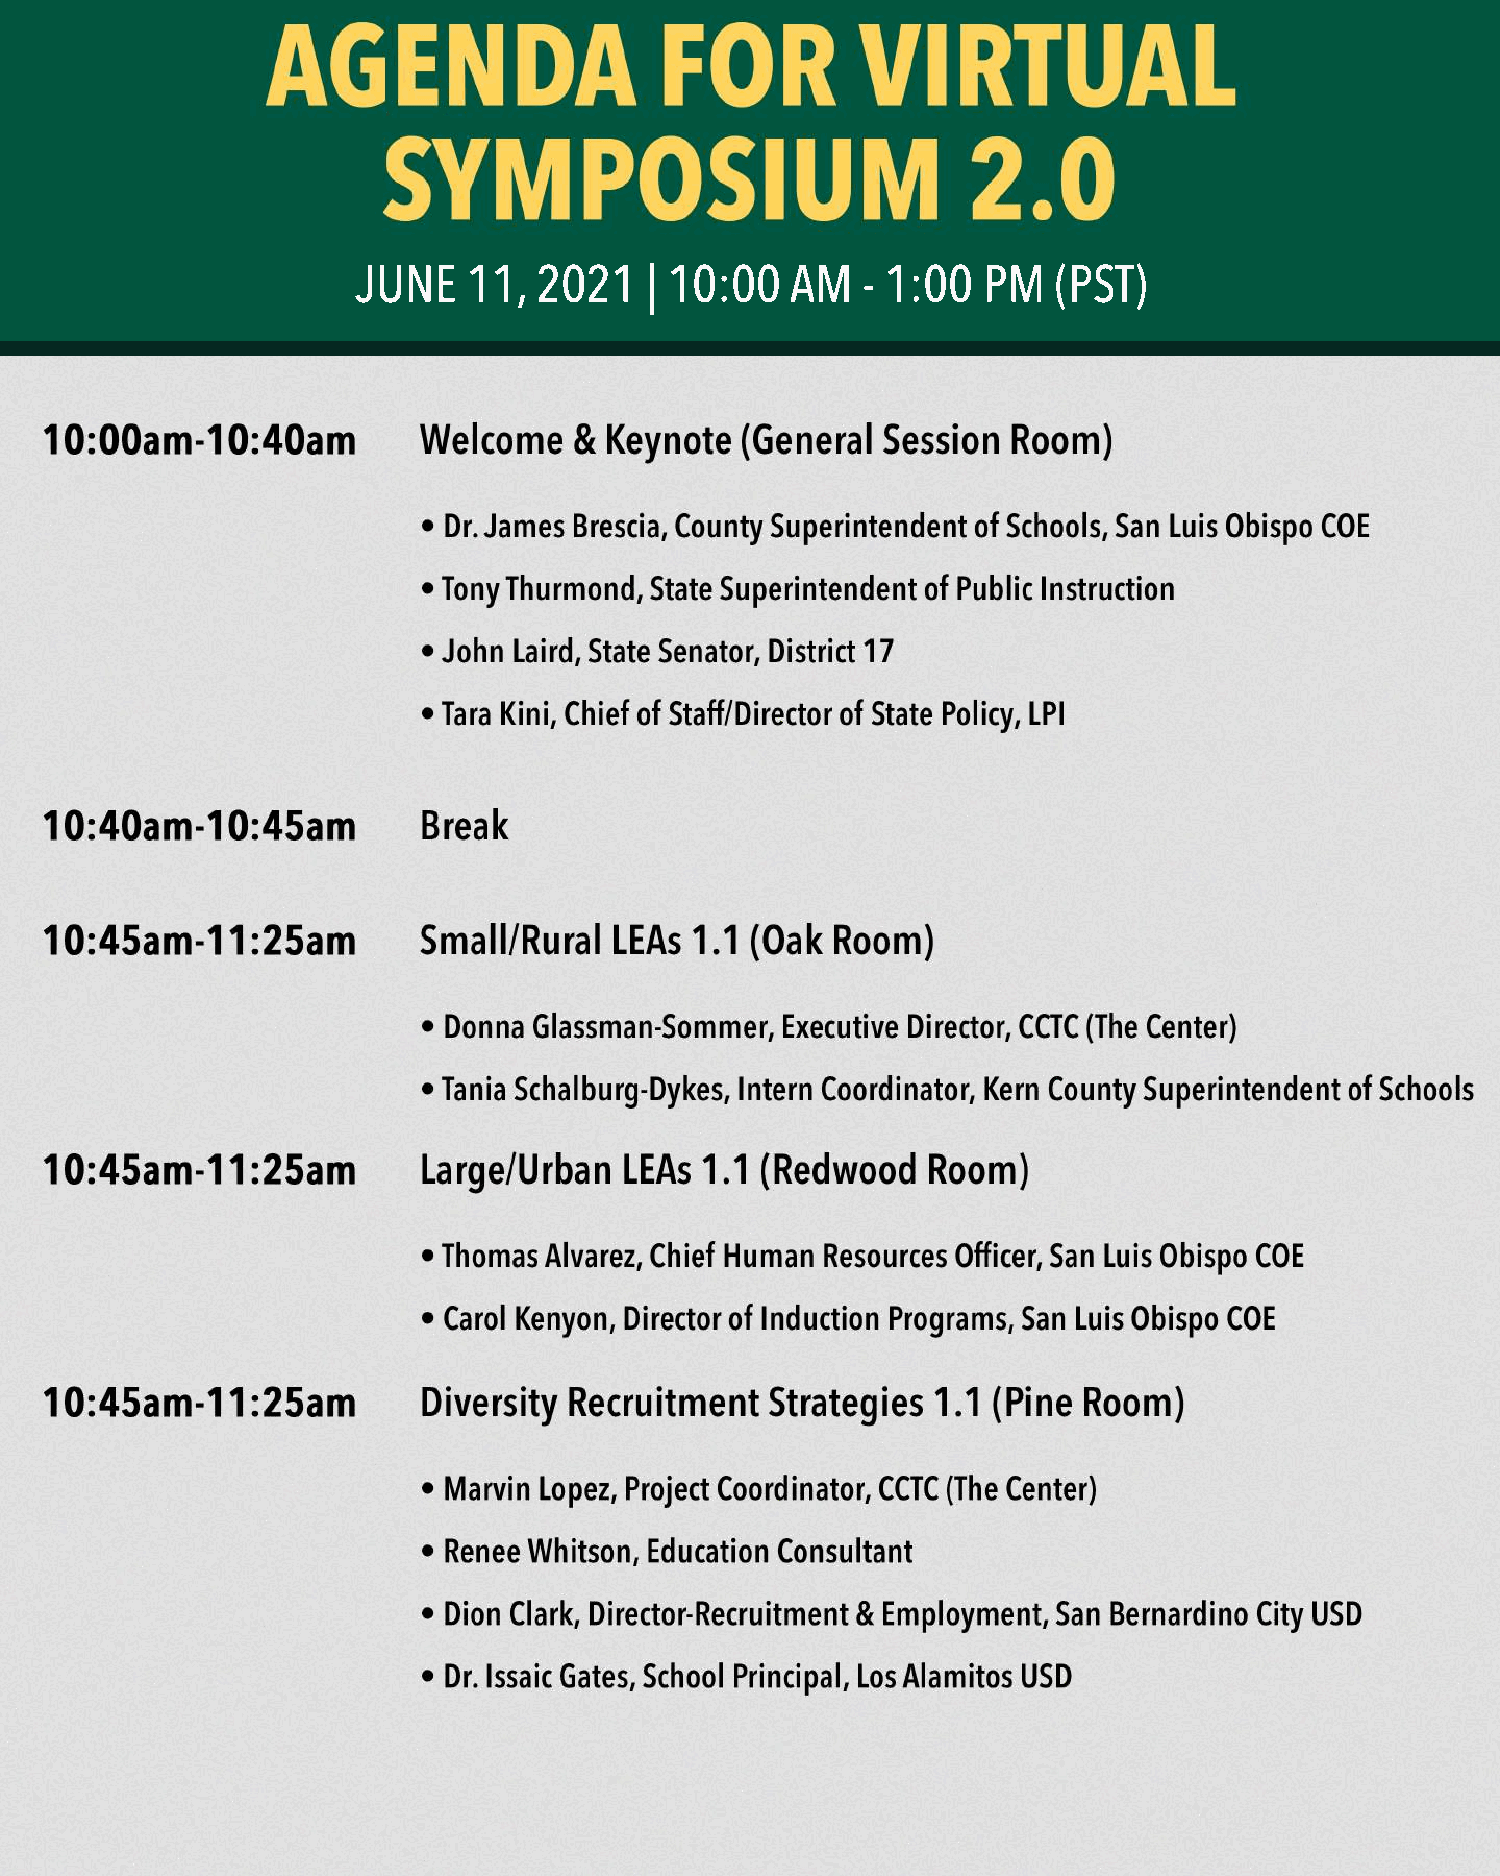
JUNE   11,  2021   | 10:00  AM   - 1:00  PM   (PST)